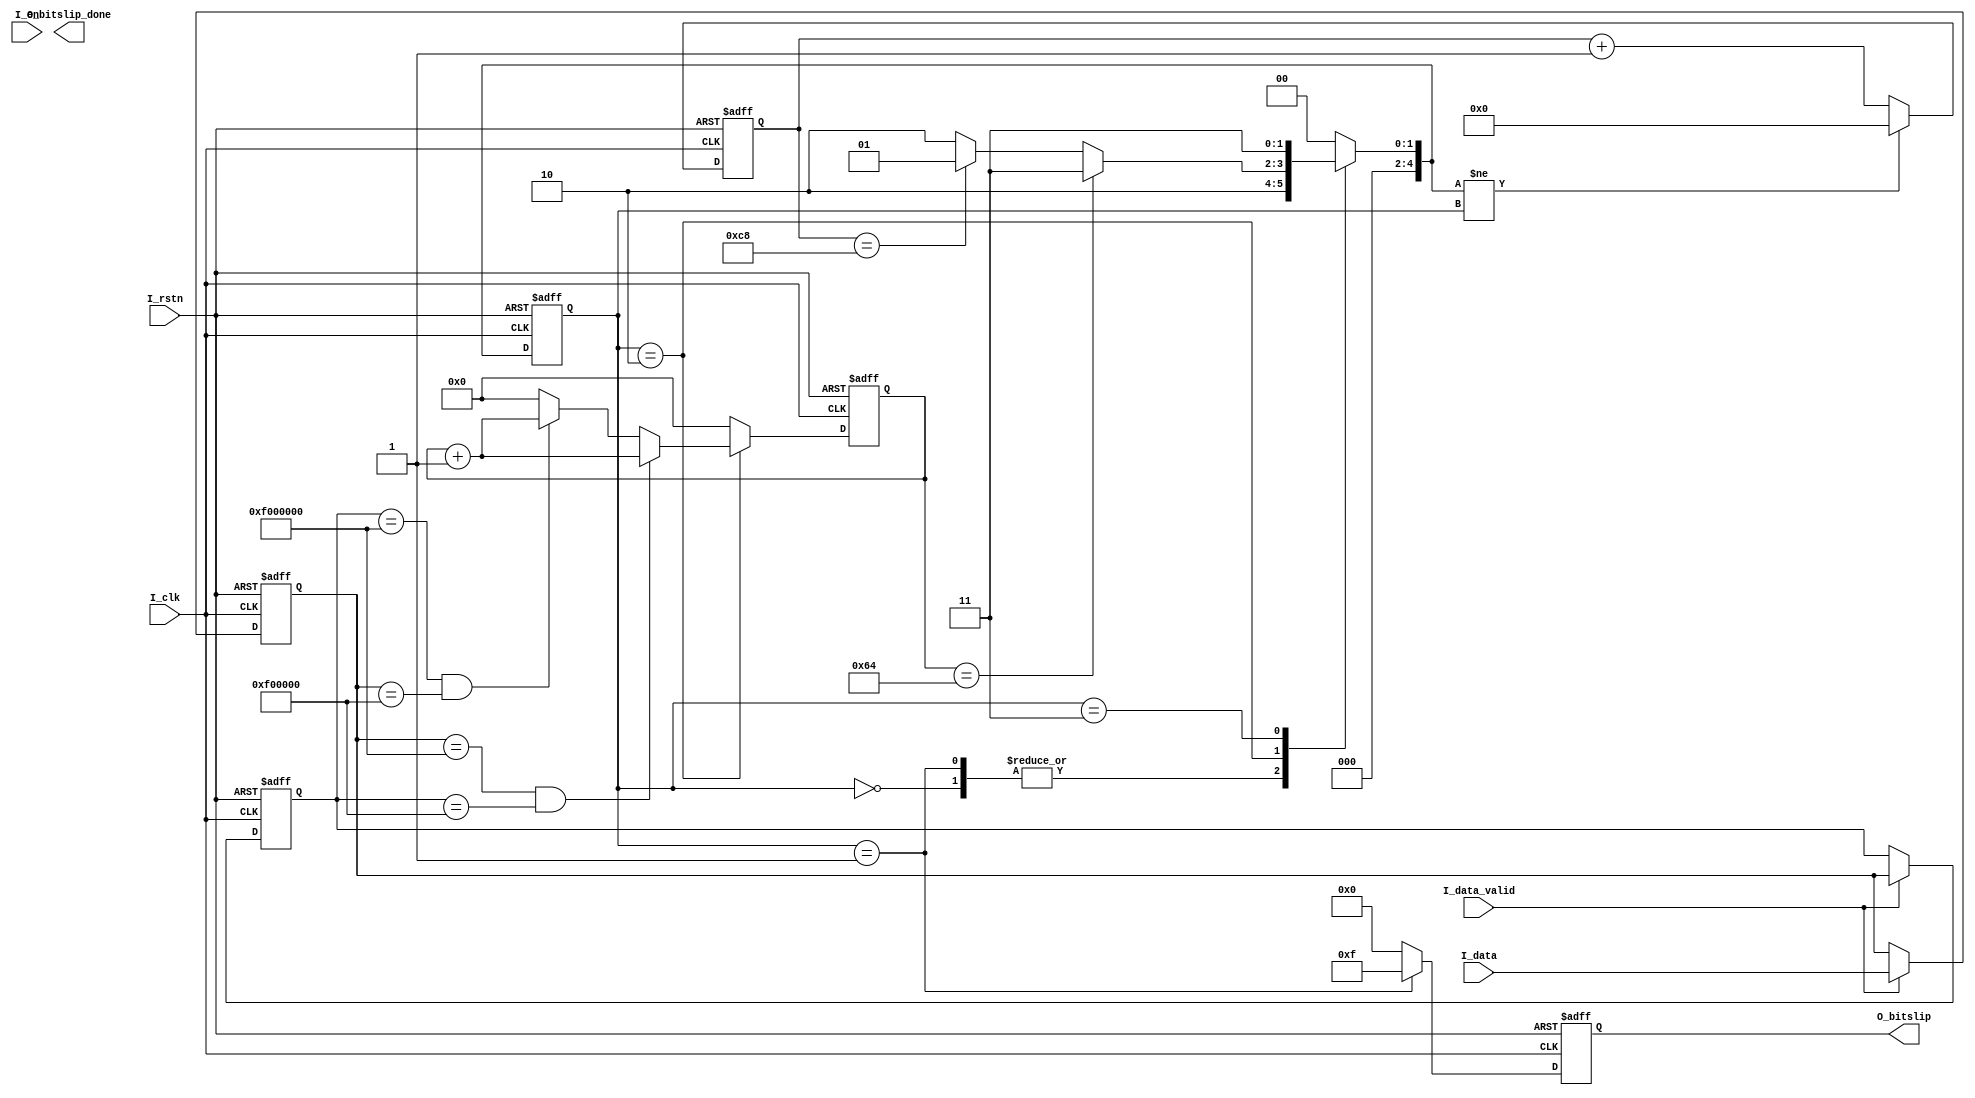
`timescale 1ns / 1ps
//////////////////////////////////////////////////////////////////////////////////
// Company: 
// Engineer: 
// 
// Design Name: 
// Module Name: BitSlip_module
// Project Name: 
// Target Devices: 
// Tool Versions: 
// Description: 
// 
// Dependencies: 
// 
// Revision:
// Revision 0.01 - File Created
// Additional Comments:
// 
//////////////////////////////////////////////////////////////////////////////////


module BitSlip_module (
    input             I_clk,
    input             I_rstn,
    input             I_en,
    input             I_data_valid,
    input      [47:0] I_data,
    output reg [ 3:0] O_bitslip,
    output reg        O_bitslip_done
);

  reg [47:0] r_data_d0;
  reg [47:0] r_data_d1;
  reg [ 7:0] r_checked_cnt;

  always @(posedge I_clk, negedge I_rstn) begin
    if (!I_rstn) begin
      r_data_d0[47:0] <= 'd0;
      r_data_d1[47:0] <= 'd0;
    end else if (I_data_valid) begin
      r_data_d0[47:0] <= I_data[47:0];
      r_data_d1[47:0] <= r_data_d0[47:0];
    end else begin
      r_data_d0[47:0] <= r_data_d0[47:0];
      r_data_d1[47:0] <= r_data_d1[47:0];
    end
  end
  /******************************************************/
  reg [4:0] STATE_CURRENT;
  reg [4:0] STATE_NEXT;
  localparam S_IDLE = 5'd0;  //
  localparam S_BITSLIP = 5'd1;  //
  localparam S_CEHCK = 5'd2;  //
  localparam S_DONE = 5'd3;  //
  always @(posedge I_clk, negedge I_rstn) begin
    if (!I_rstn) STATE_CURRENT <= S_IDLE;
    else STATE_CURRENT <= STATE_NEXT;
  end
  reg [31:0] state_clk_cnt;
  always @(posedge I_clk, negedge I_rstn) begin
    if (!I_rstn) state_clk_cnt <= 32'd0;
    else if (STATE_NEXT != STATE_CURRENT) state_clk_cnt <= 32'd0;
    else state_clk_cnt <= state_clk_cnt + 1'd1;
  end
  /******************************************************/
  always @(*) begin
    case (STATE_CURRENT)
      S_IDLE: begin
        STATE_NEXT = S_CEHCK;
      end
      S_BITSLIP: begin
        STATE_NEXT = S_CEHCK;  //
      end
      S_CEHCK: begin
        if (r_checked_cnt == 8'd100) STATE_NEXT = S_DONE;  //
        else if (state_clk_cnt == 32'd200) STATE_NEXT = S_BITSLIP;  //
        else STATE_NEXT = S_CEHCK;
      end
      S_DONE: begin  //
        // if (I_en) STATE_NEXT = S_IDLE;
        // else STATE_NEXT = S_DONE;
          STATE_NEXT = S_DONE;
      end
      default: STATE_NEXT = S_IDLE;
    endcase
  end


  always @(posedge I_clk, negedge I_rstn) begin
    if (!I_rstn) r_checked_cnt <= 'd0;
    else if (STATE_CURRENT == S_CEHCK) begin
      if (r_data_d0[47:0] == 48'h0000_0f00_0000 && r_data_d1[47:0] == 48'h0000_00f0_0000)
        r_checked_cnt <= r_checked_cnt + 1'b1;
      else if (r_data_d1[47:0] == 48'h0000_0f00_0000 && r_data_d0[47:0] == 48'h0000_00f0_0000)
        r_checked_cnt <= r_checked_cnt + 1'b1;
      else r_checked_cnt <= 'd0;
    end else r_checked_cnt <= 'd0;
  end


  always @(posedge I_clk, negedge I_rstn) begin
    if (!I_rstn) begin
      O_bitslip <= 4'b0;
    end else if (STATE_CURRENT == S_BITSLIP) begin
      O_bitslip <= 4'hf;
    end else begin
      O_bitslip <= 4'b0;
    end
  end


endmodule